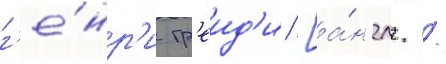
г'е́нр'и гр'еид'и [а́нгл. /